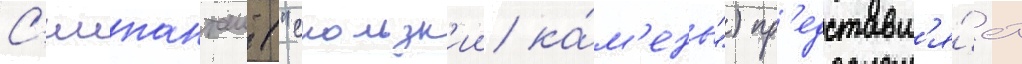
С'иипанташ ("скользк'ии ка́м'ень") пр'едставл'я́ет